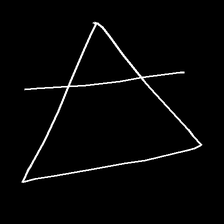
Glyph: empower